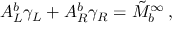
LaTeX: A _ { L } ^ { b } \gamma _ { L } + A _ { R } ^ { b } \gamma _ { R } = \tilde { M } _ { b } ^ { \infty } \, ,